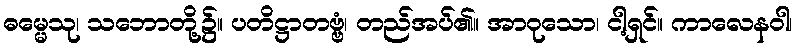
ဓမ္မေသု၊ သဘောတို့၌။ ပတိဋ္ဌာတဗ္ဗံ၊ တည်အပ်၏။ အာဝုသော၊ ငါ့ရှင်။ ကာလေနဝါ၊